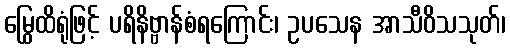
မြွေထိရုံဖြင့် ပရိနိဗ္ဗာန်စံရကြောင်း၊ ဥပသေန အာသီဝိသသုတ်၊